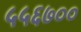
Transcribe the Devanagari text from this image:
५५६७००